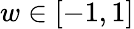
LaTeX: w\in[-1,1]